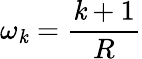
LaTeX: \omega_{\mathit{k}}=\frac{{\mathit{k}+1}}{{R}}